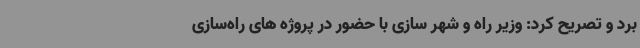
برد و تصریح کرد: وزیر راه و شهر سازی با حضور در پروژه های راه‌سازی